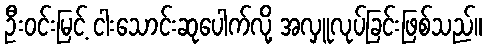
ဦးဝင်းမြင့် ငါးသောင်းဆုပေါက်လို့ အလှူလုပ်ခြင်းဖြစ်သည်။